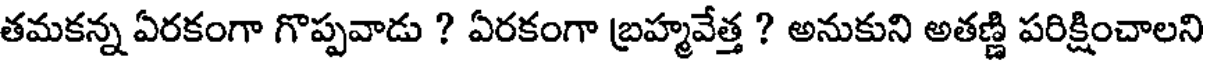
తమకన్న ఏరకంగా గొప్పవాడు ? ఏరకంగా బ్రహ్మవేత్త ? అనుకుని అతణ్ణి పరిక్షించాలని